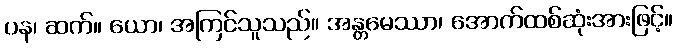
ပန၊ ဆက်။ ယော၊ အကြင်သူသည်။ အန္တမေဿာ၊ အောက်ထစ်ဆုံးအားဖြင့်။